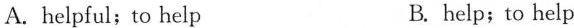
A. helpful ; to help B. help ; to help